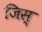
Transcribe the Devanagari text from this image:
जिस्